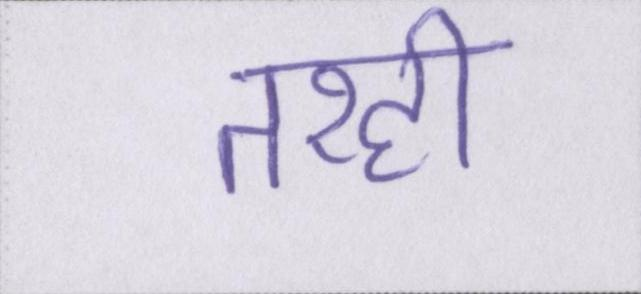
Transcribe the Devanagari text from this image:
तरही